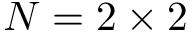
N = 2 \times 2